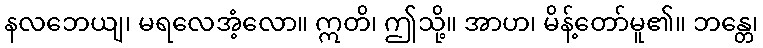
နလဘေယျ၊ မရလေအံ့လော။ ဣတိ၊ ဤသို့။ အာဟ၊ မိန့်တော်မူ၏။ ဘန္တေ၊